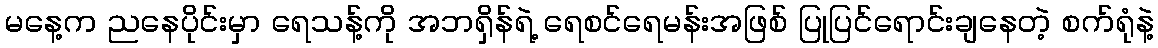
မနေ့က ညနေပိုင်းမှာ ရေသန့်ကို အဘရှိန်ရဲ့ ရေစင်ရေမန်းအဖြစ် ပြုပြင်ရောင်းချနေတဲ့ စက်ရုံနဲ့